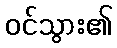
ဝင်သွား၏